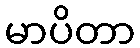
မာပိတာ